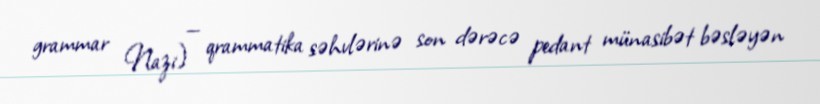
grammar Nazi) — qrammatika səhvlərinə son dərəcə pedant münasibət bəsləyən